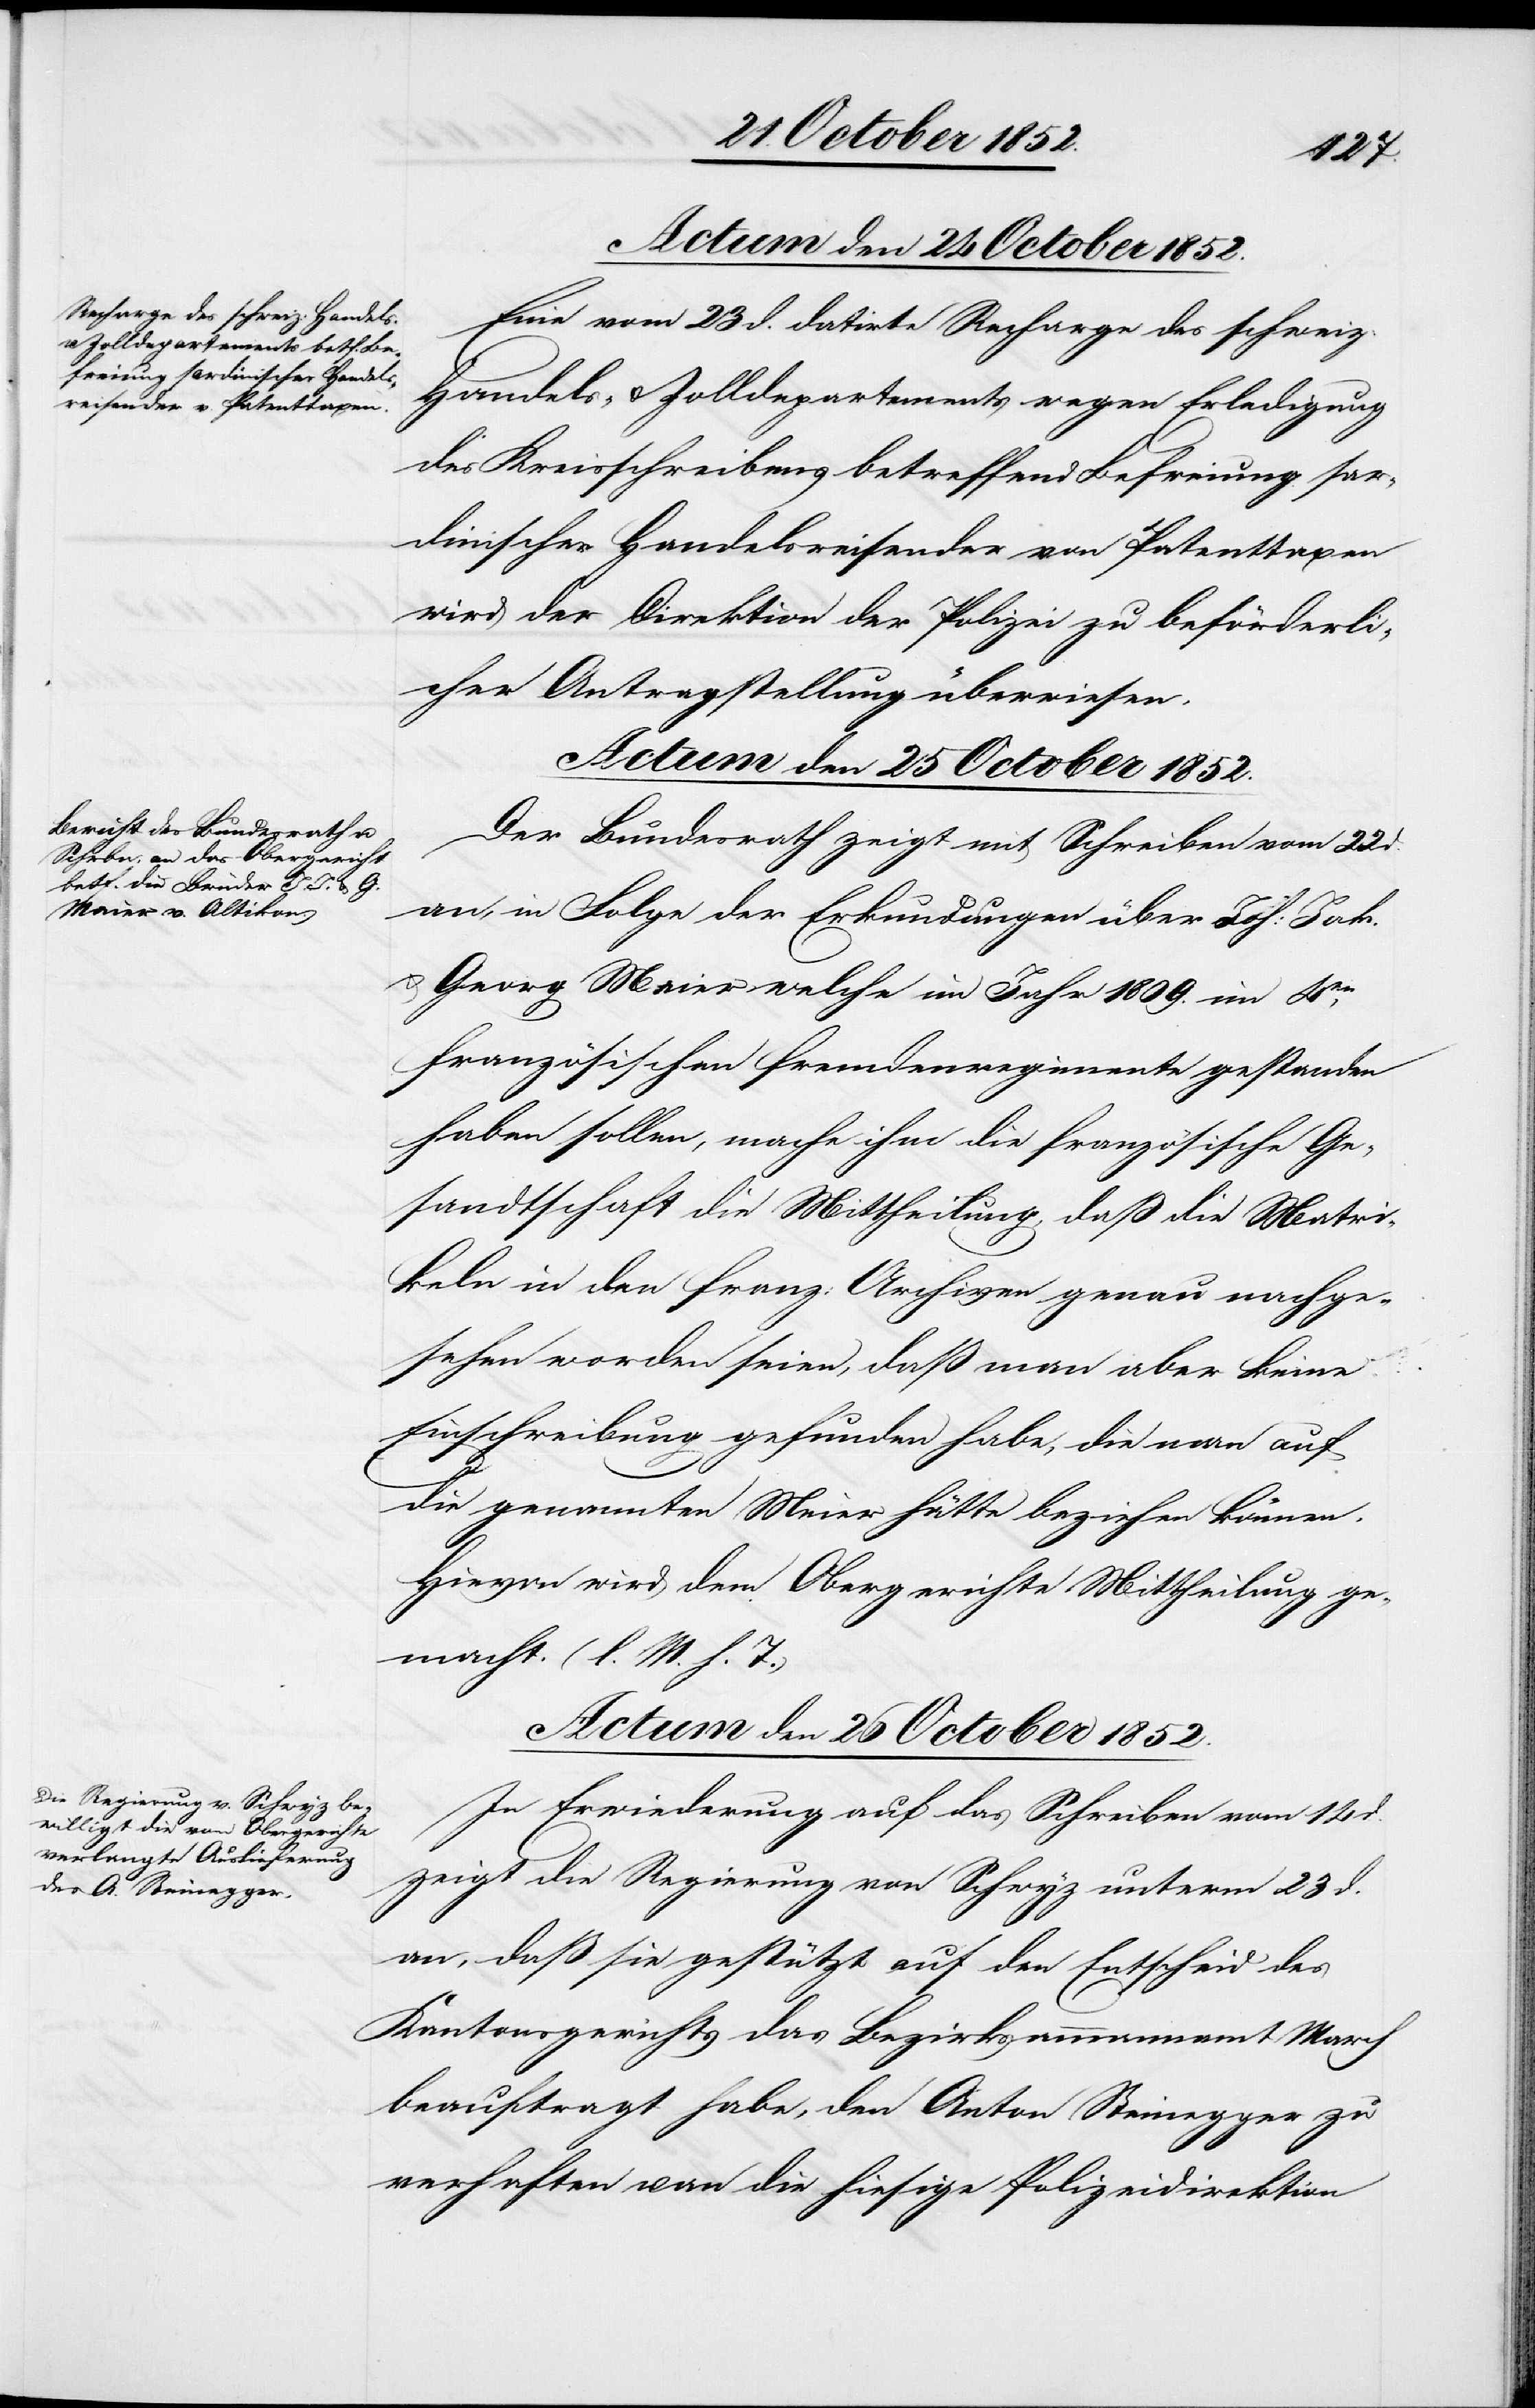
Eine vom 23 d. datirte Recharge des schweiz:
Handels- & Zolldepartements wegen Erledigung
des Kreisschreibens betreffend Befreiung sar¬
dinischer Handelsreisender von Patenttaxen
wird der Direktion der Polizei zu beförderli¬
cher Antragstellung überwiesen.
Actum den 25 October 1852.
Der Bundesrath zeigt mit Schreiben vom 22 d.
an, in Folge der Erkundungen über Joh: Jak.
Georg Maier welche im Jahr 1809. im 4en.
französischen fremdenregimente [sic!] gestanden
haben sollen, mache ihm die französische Ge¬
sandtschaft die Mittheilung, daß die Matri¬
keln in den franz: Archiven genau nachge¬
sehen worden seien, daß man aber keine
Einschreibung gefunden habe, die man auf
die genannten Meier [sic!] hätte beziehen können.
Hievon wird dem Obergerichte Mittheilung ge¬
macht. (l. M. h. T.)
Actum den 26 October 1852.
In Erwiederung auf das Schreiben vom 14 d.
zeigt die Regierung von Schwyz unterm 23 d.
an, daß sie gestützt auf den Entscheid des
Kantonsgerichts das Bezirksammannamt March
beauftragt habe, den Anton Steinegger zu
verhaften u. an die hiesige Polizeidirektion